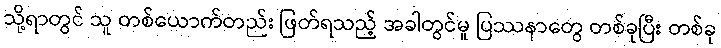
သို့ရာတွင် သူ တစ်ယောက်တည်း ဖြတ်ရသည့် အခါတွင်မူ ပြဿနာတွေ တစ်ခုပြီး တစ်ခု